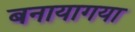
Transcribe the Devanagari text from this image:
बनायागया